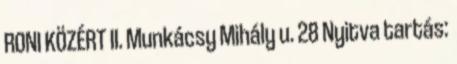
RONI KÖZÉRT II. Munkácsy Mihály u. 28 Nyitva tartás: